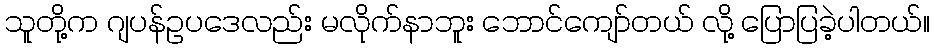
သူတို့က ဂျပန်ဥပဒေလည်း မလိုက်နာဘူး ဘောင်ကျော်တယ် လို့ ပြောပြခဲ့ပါတယ်။